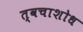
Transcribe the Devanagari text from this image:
त्वचाशोध